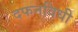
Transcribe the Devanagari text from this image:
दफनविधी